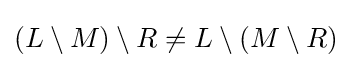
(L\setminus M)\setminus R\neq L\setminus (M\setminus R)